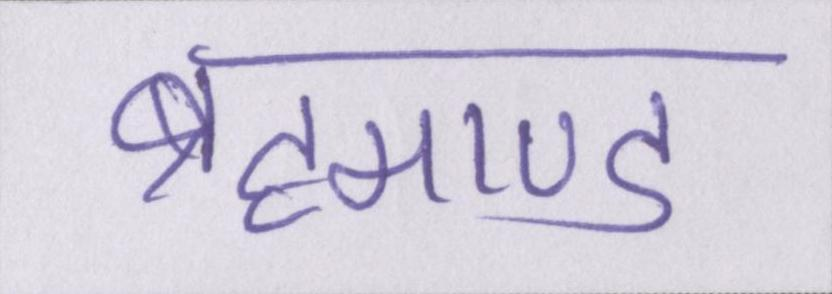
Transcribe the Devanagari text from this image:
ब्रह्माण्ड